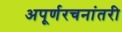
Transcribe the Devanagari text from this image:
अपूर्णरचनांतरी